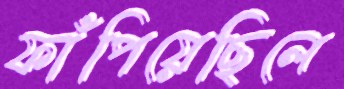
ফাঁপিয়েছিলে